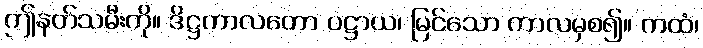
ဤနတ်သမီးကို။ ဒိဋ္ဌကာလတော ပဋ္ဌာယ၊ မြင်သော ကာလမှစ၍။ ကထံ၊